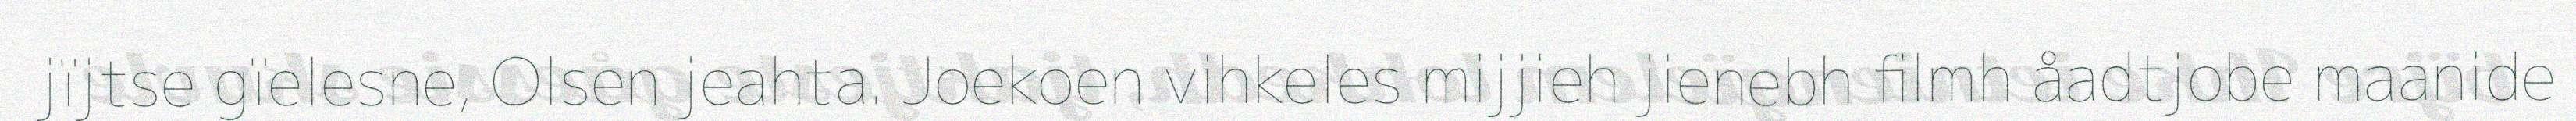
jïjtse gïelesne, Olsen jeahta. Joekoen vihkeles mijjieh jienebh filmh åadtjobe maanide